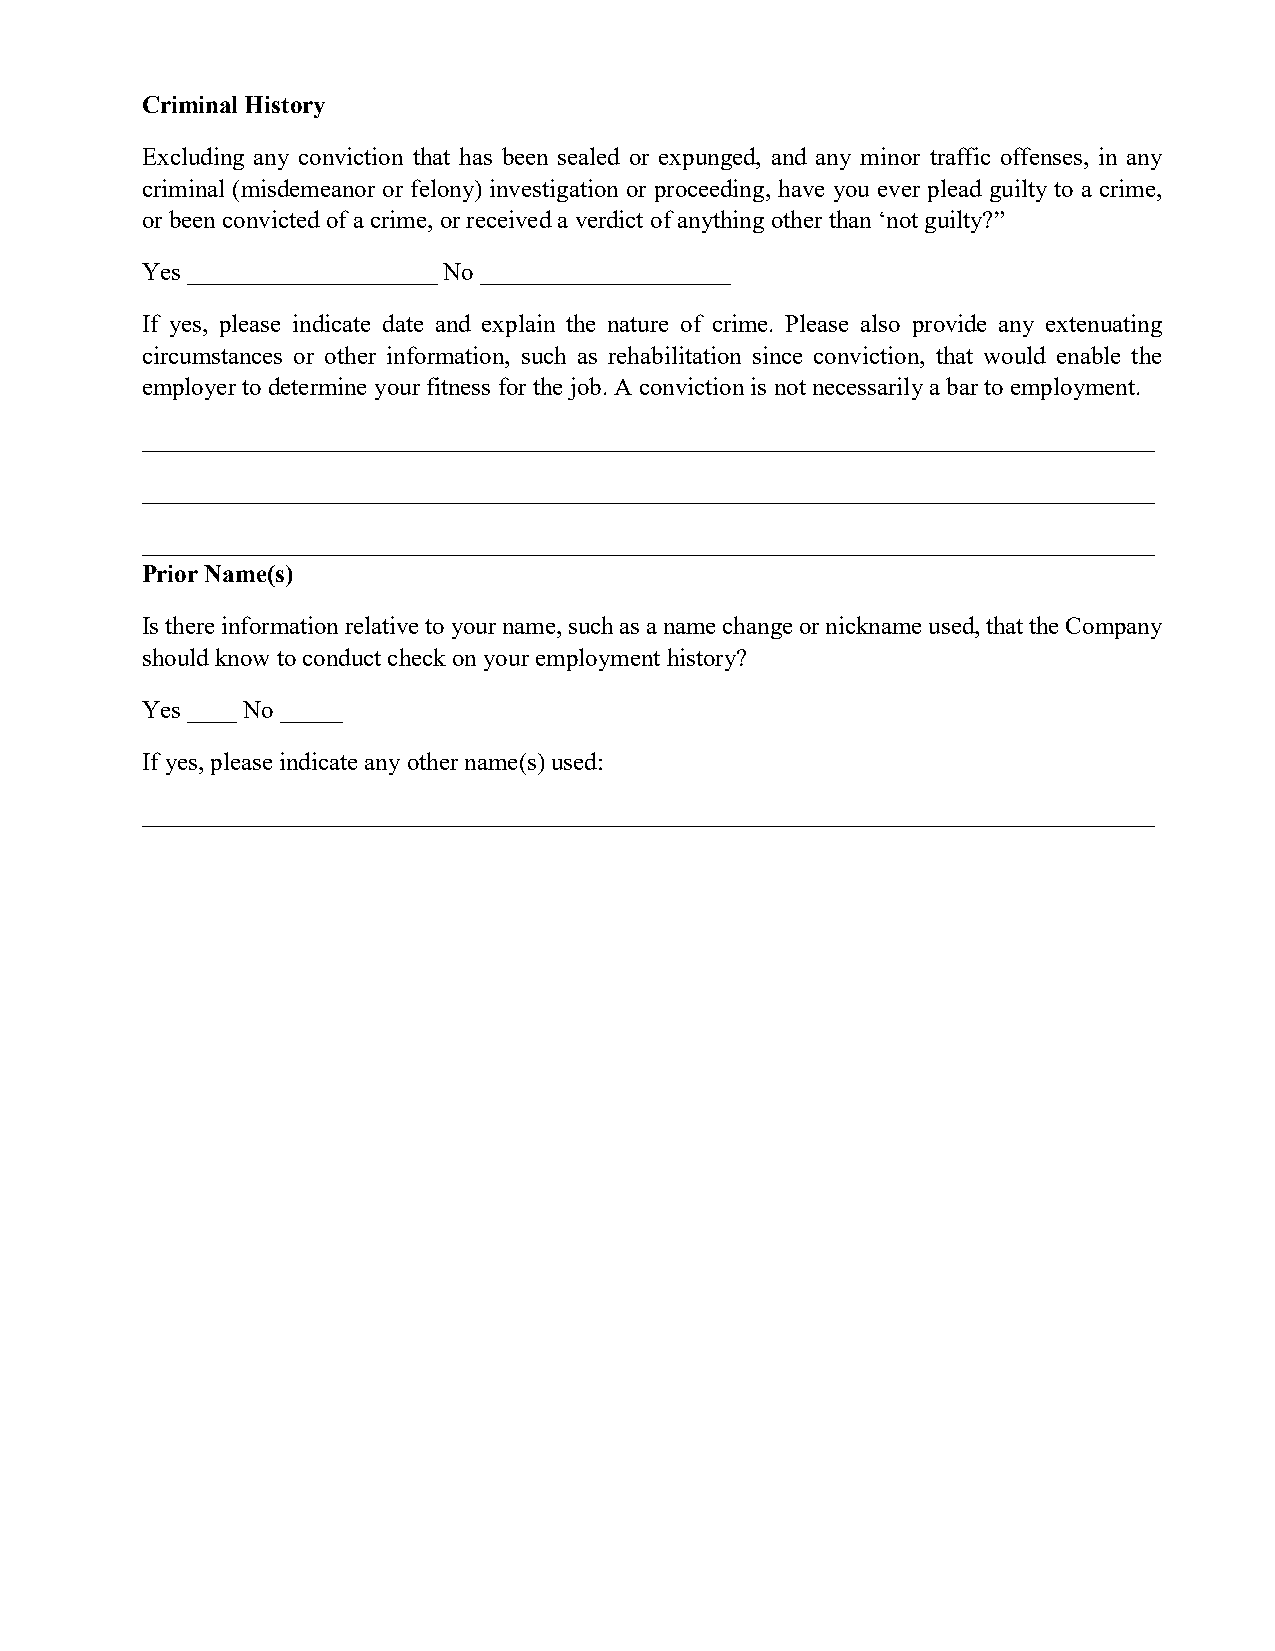
Criminal History
 Excluding any conviction that has been sealed or expunged, and any minor traffic offenses, in any
 criminal (misdemeanor or felony) investigation or proceeding, have you ever plead guilty to a crime,
 or been convicted of a crime, or received a verdict of anything other than ‘not guilty?”
 Yes ____________________ No ____________________
 If yes, please indicate date and explain the nature of crime. Please also provide any extenuating
 circumstances or other information, such as rehabilitation since conviction, that would enable the
 employer to determine your fitness for the job. A conviction is not necessarily a bar to employment.
 _________________________________________________________________________________
 _________________________________________________________________________________
 _________________________________________________________________________________
 Prior Name(s)
 Is there information relative to your name, such as a name change or nickname used, that the Company
 should know to conduct check on your employment history?
 Yes ____ No _____
 If yes, please indicate any other name(s) used:
 _________________________________________________________________________________